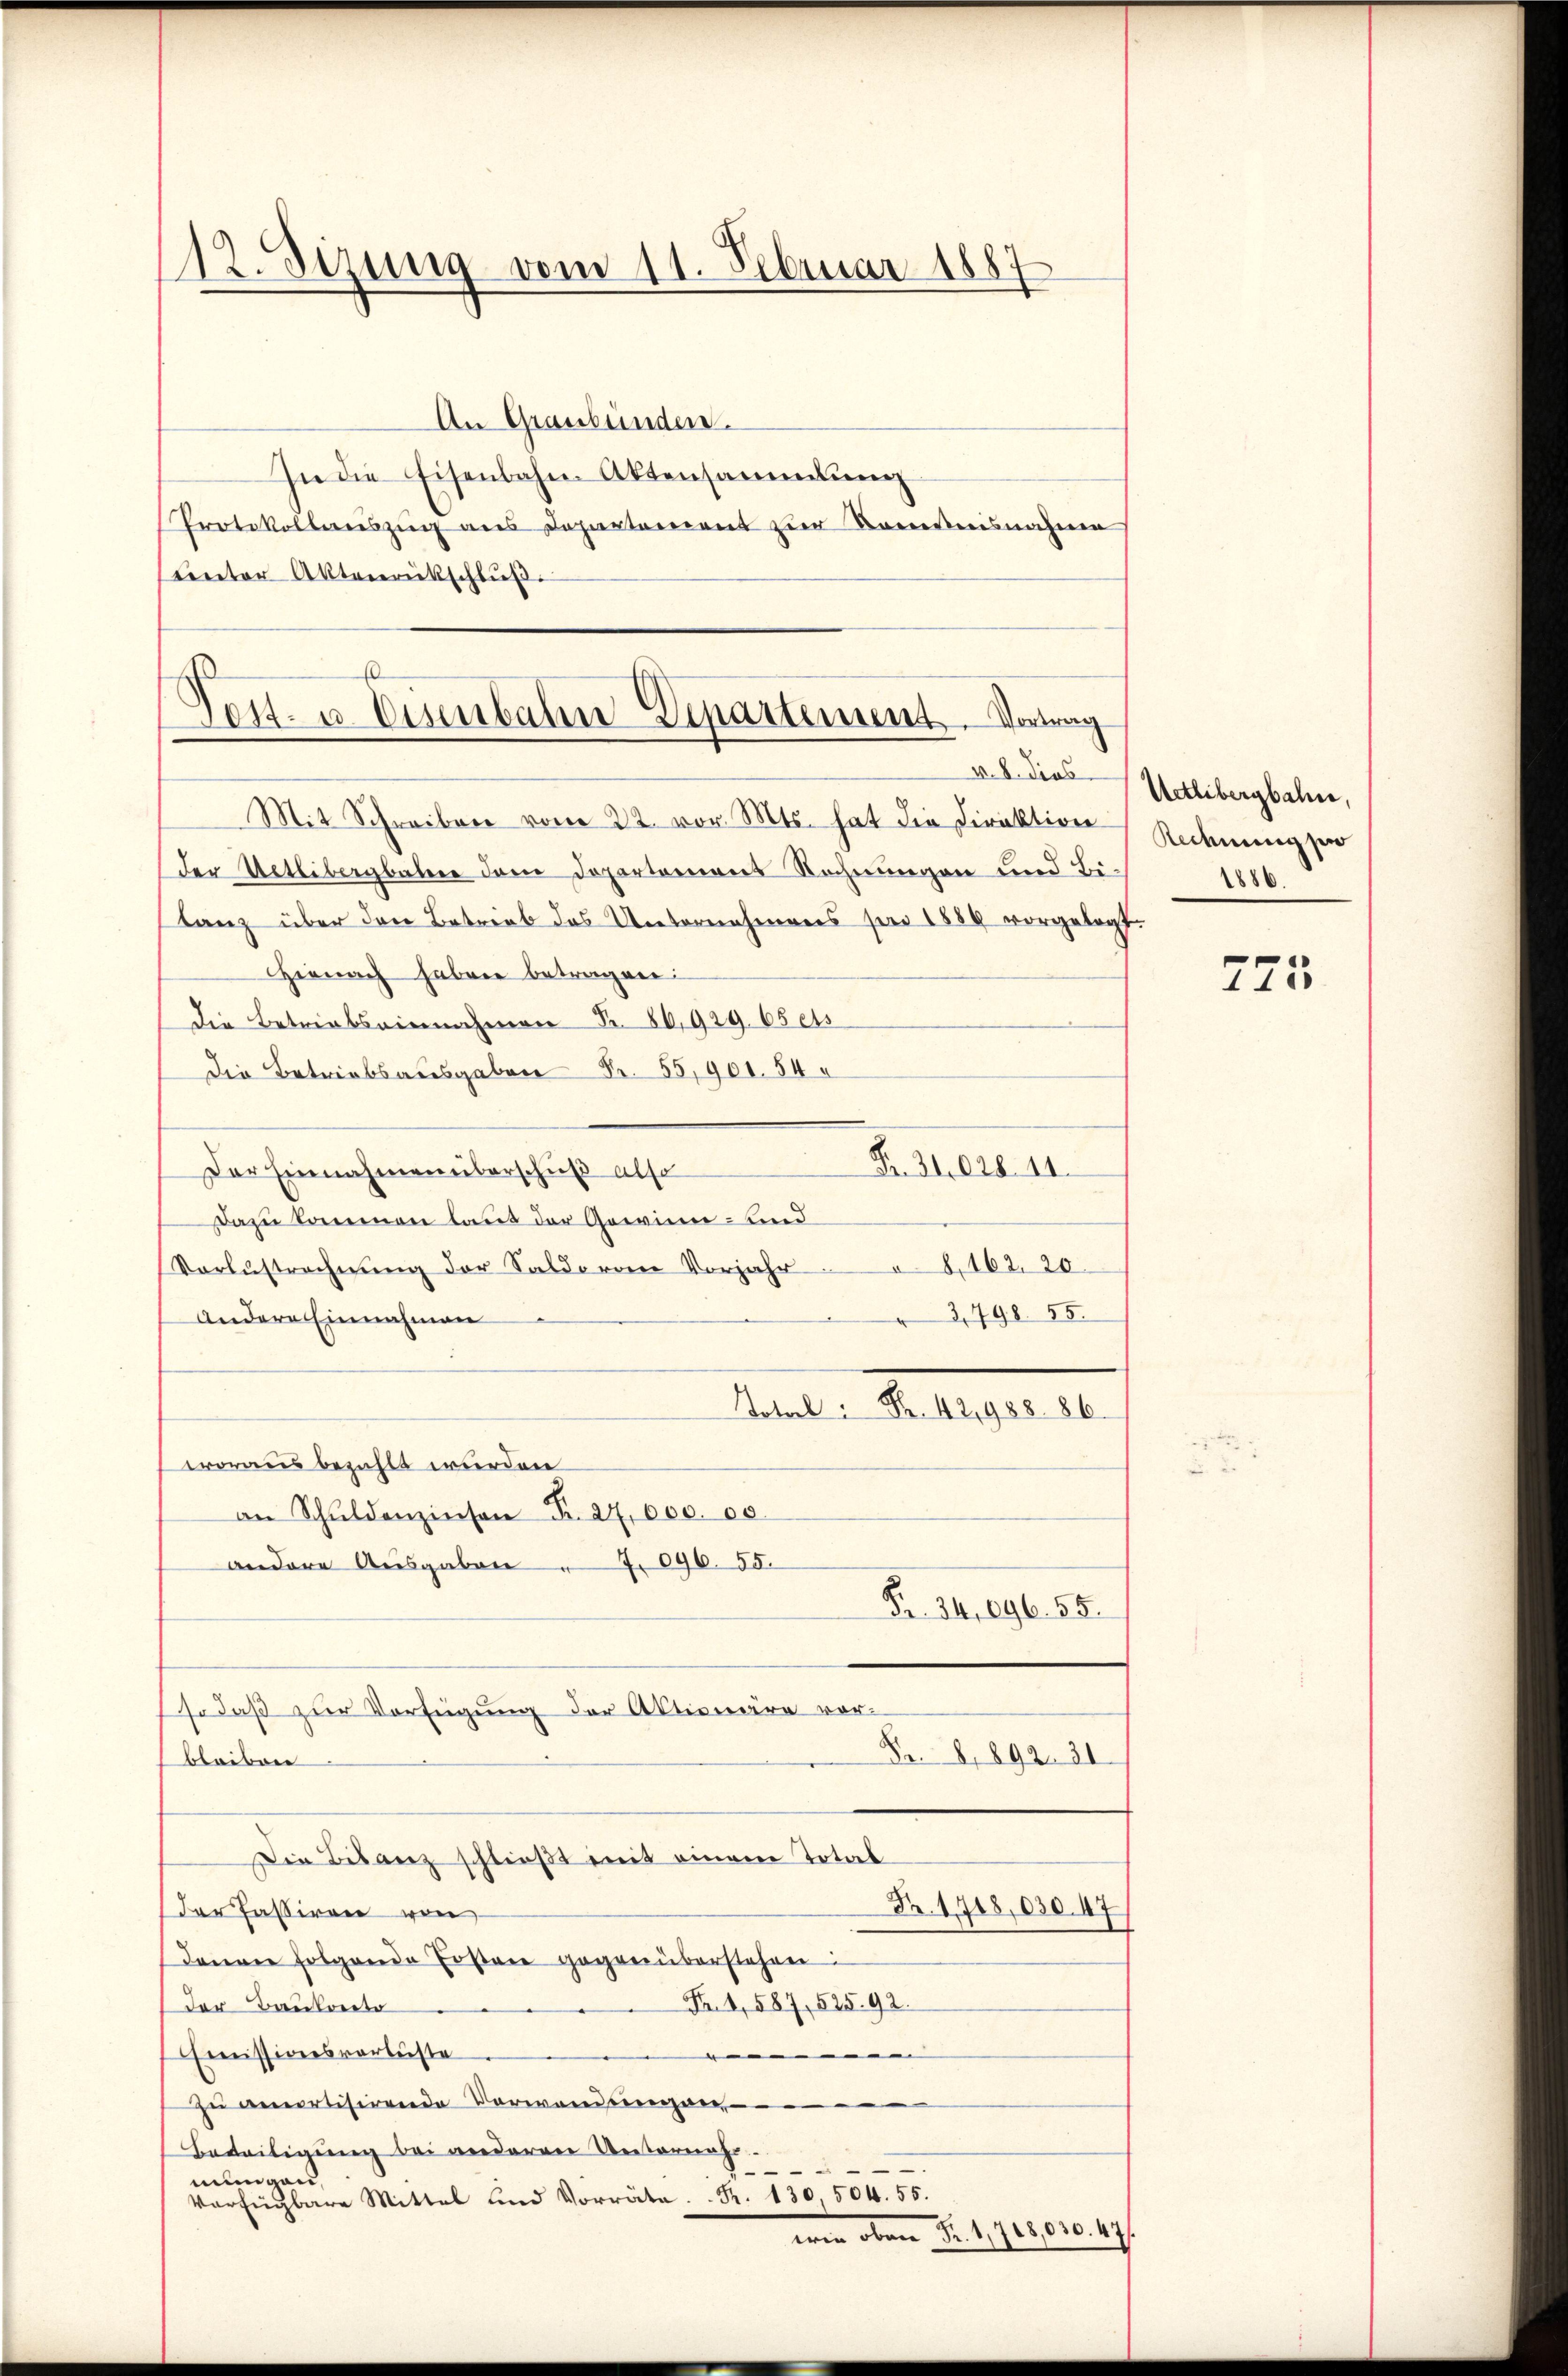
112. Sezung vom 11. Februar 1887

E
¬
Post- u. Eisenbahn Departement. Vortrag
v. 8. dies
Mit Schreiben vom 22. vor. Mts. hat die Direktion Rechnungsen

An Graubünden.
In die Eisenbahn Aktensammlung
Protokollereiszug aus Departement zur Komedesnahmen
unter Aktenrückschlŭβ

der Uetlibergbahre dem Departement Rechnungen und Bilanz über den Betrieb das Unternehmens sei 1889 vorgelegt.
hienach haben betragen:
die Betriebseinnahmen Fr. 80,929. 65 ets
Die Betriebsausgaben Fr. 55,901. 54
Fr. 31. 628. 11.
Der Einnahmen überschuß also
Dazu kommen laut der Gewinn- und
8,162. 20
Vorzustrechnung der Saldo von Vorjahr
3,798. 55.
Andere Einnahmen
Total Fr. 42,988. 86.
woraus bezahlt wurden
an Schuldenzinsen Fr. 24,000. 00.
andere Ausgaben " 7. 696. 55.
Fr. 34,096. 55.
so daß zur Verfügung der Aktionäre vor-
Fr. 8, 892. 31.
bleiben
Die Bilanz schließt mit einem Total
Nr. 1718,030. 47
der Passiren von
denen folgende Ersten gegenüberstehen:
Fr. 4, 587, 525. 92.
der Baukoste
—
Emissionsverlüste
zu amortisirende Verwandungen,
Beteiligung bei anderen Unternahr

mungen.
Verfügbare Mittel und Vorräte. Fr. 130,504. 55.
 oben Fr. 4, 700,000. 497

Uetlibergbahn,

725